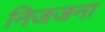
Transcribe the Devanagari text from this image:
निजजना